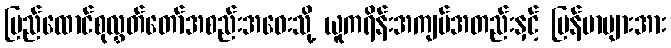
ပြည်ထောင်စုလွှတ်တော်အစည်းအဝေးသို့ ယူကရိန်းအကျပ်အတည်းနှင့် မြန်မာများအား